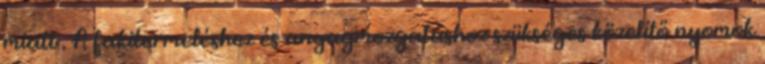
miatt . A fakitermeléshez és anyagmozgatáshoz szükséges közelítő nyomok